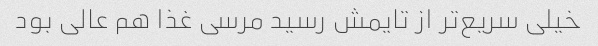
خیلی سریع‌تر از تایمش رسید مرسی غذا هم عالی بود